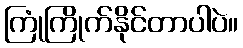
ကြုံကြိုက်နိုင်တာပါပဲ။